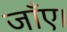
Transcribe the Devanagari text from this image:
जाँए।